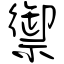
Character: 禦